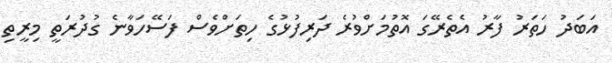
އަބަދު ހަތަރު ފާރު އެތެރޭގަ އޮތުމަށްވުރެ ދަރިފުޅުގެ ހިތަށްވެސް ފަސޭހަވާނެ ގުދުރަތީ މިރީތި